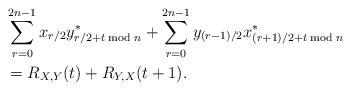
LaTeX: \begin{align*} &\sum_{\substack{r=0\\}}^{2n-1}x_{r/2}y^*_{r/2+t\bmod n} + \sum_{\substack{r=0\\}}^{2n-1}y_{(r-1)/2}x^*_{(r+1)/2+t\bmod n} \\&= R_{X,Y}(t) + R_{Y,X}(t+1) . \end{align*}